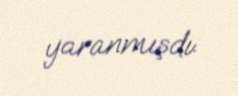
yaranmışdı.